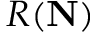
R ( { \bf N } )